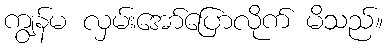
ကျွန်မ လှမ်းအော်ပြောလိုက် မိသည်။